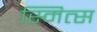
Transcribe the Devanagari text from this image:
स्मित्स